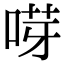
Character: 𠵝